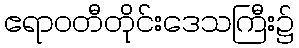
ဧရာဝတီတိုင်းဒေသကြီး၌